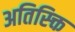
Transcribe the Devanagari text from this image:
अतिस्क्ति